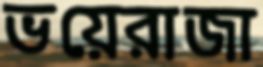
ভয়েরাজা